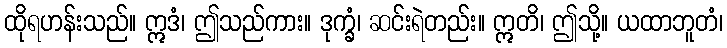
ထိုရဟန်းသည်။ ဣဒံ၊ ဤသည်ကား။ ဒုက္ခံ၊ ဆင်းရဲတည်း။ ဣတိ၊ ဤသို့။ ယထာဘူတံ၊